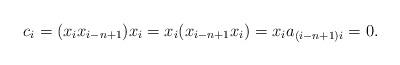
LaTeX: \begin{align*} c_i = (x_ix_{i-n+1})x_i = x_i(x_{i-n+1}x_i) = x_ia_{(i-n+1)i} = 0. \end{align*}